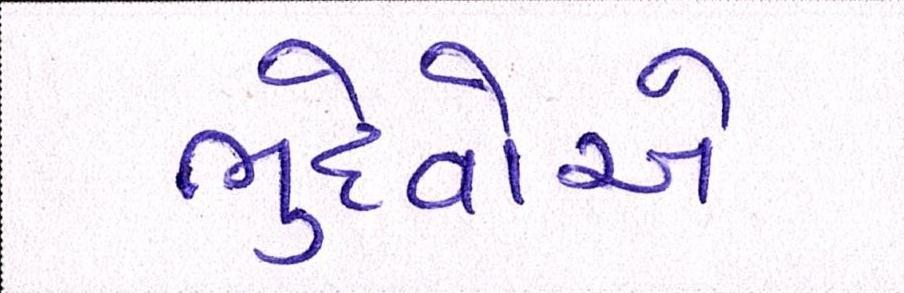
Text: ભુદેવોએ